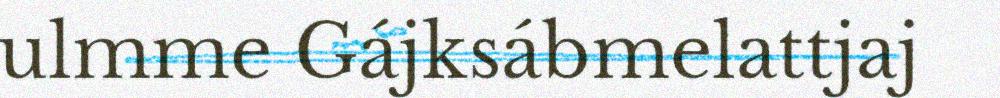
ulmme Gájksábmelattjaj